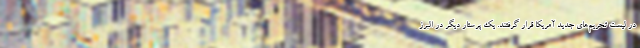
در لیست تحریم‌های جدید آمریکا قرار گرفتند. یک پرستار دیگر در البرز